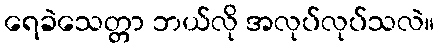
ရေခဲသေတ္တာ ဘယ်လို အလုပ်လုပ်သလဲ။